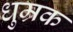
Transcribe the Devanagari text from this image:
धुम्रक